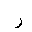
Letter: _ra